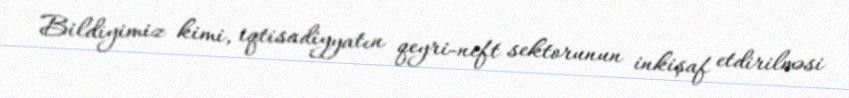
Bildiyimiz kimi, iqtisadiyyatın qeyri-neft sektorunun inkişaf etdirilməsi